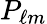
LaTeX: P_{\ell m}